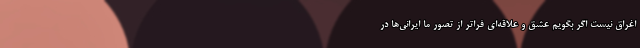
اغراق نیست اگر بگویم عشق و علاقه‌ای فراتر از تصور ما ایرانی‌ها در